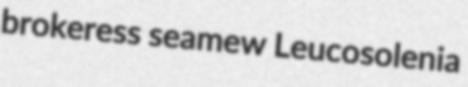
brokeress seamew Leucosolenia